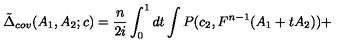
\tilde { \Delta } _ { c o v } ( A _ { 1 } , A _ { 2 } ; c ) = \frac { n } { 2 i } \int _ { 0 } ^ { 1 } d t \int P ( c _ { 2 } , F ^ { n - 1 } ( A _ { 1 } + t A _ { 2 } ) ) +